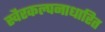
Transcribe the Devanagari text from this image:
स्वैरकल्पनाधारित